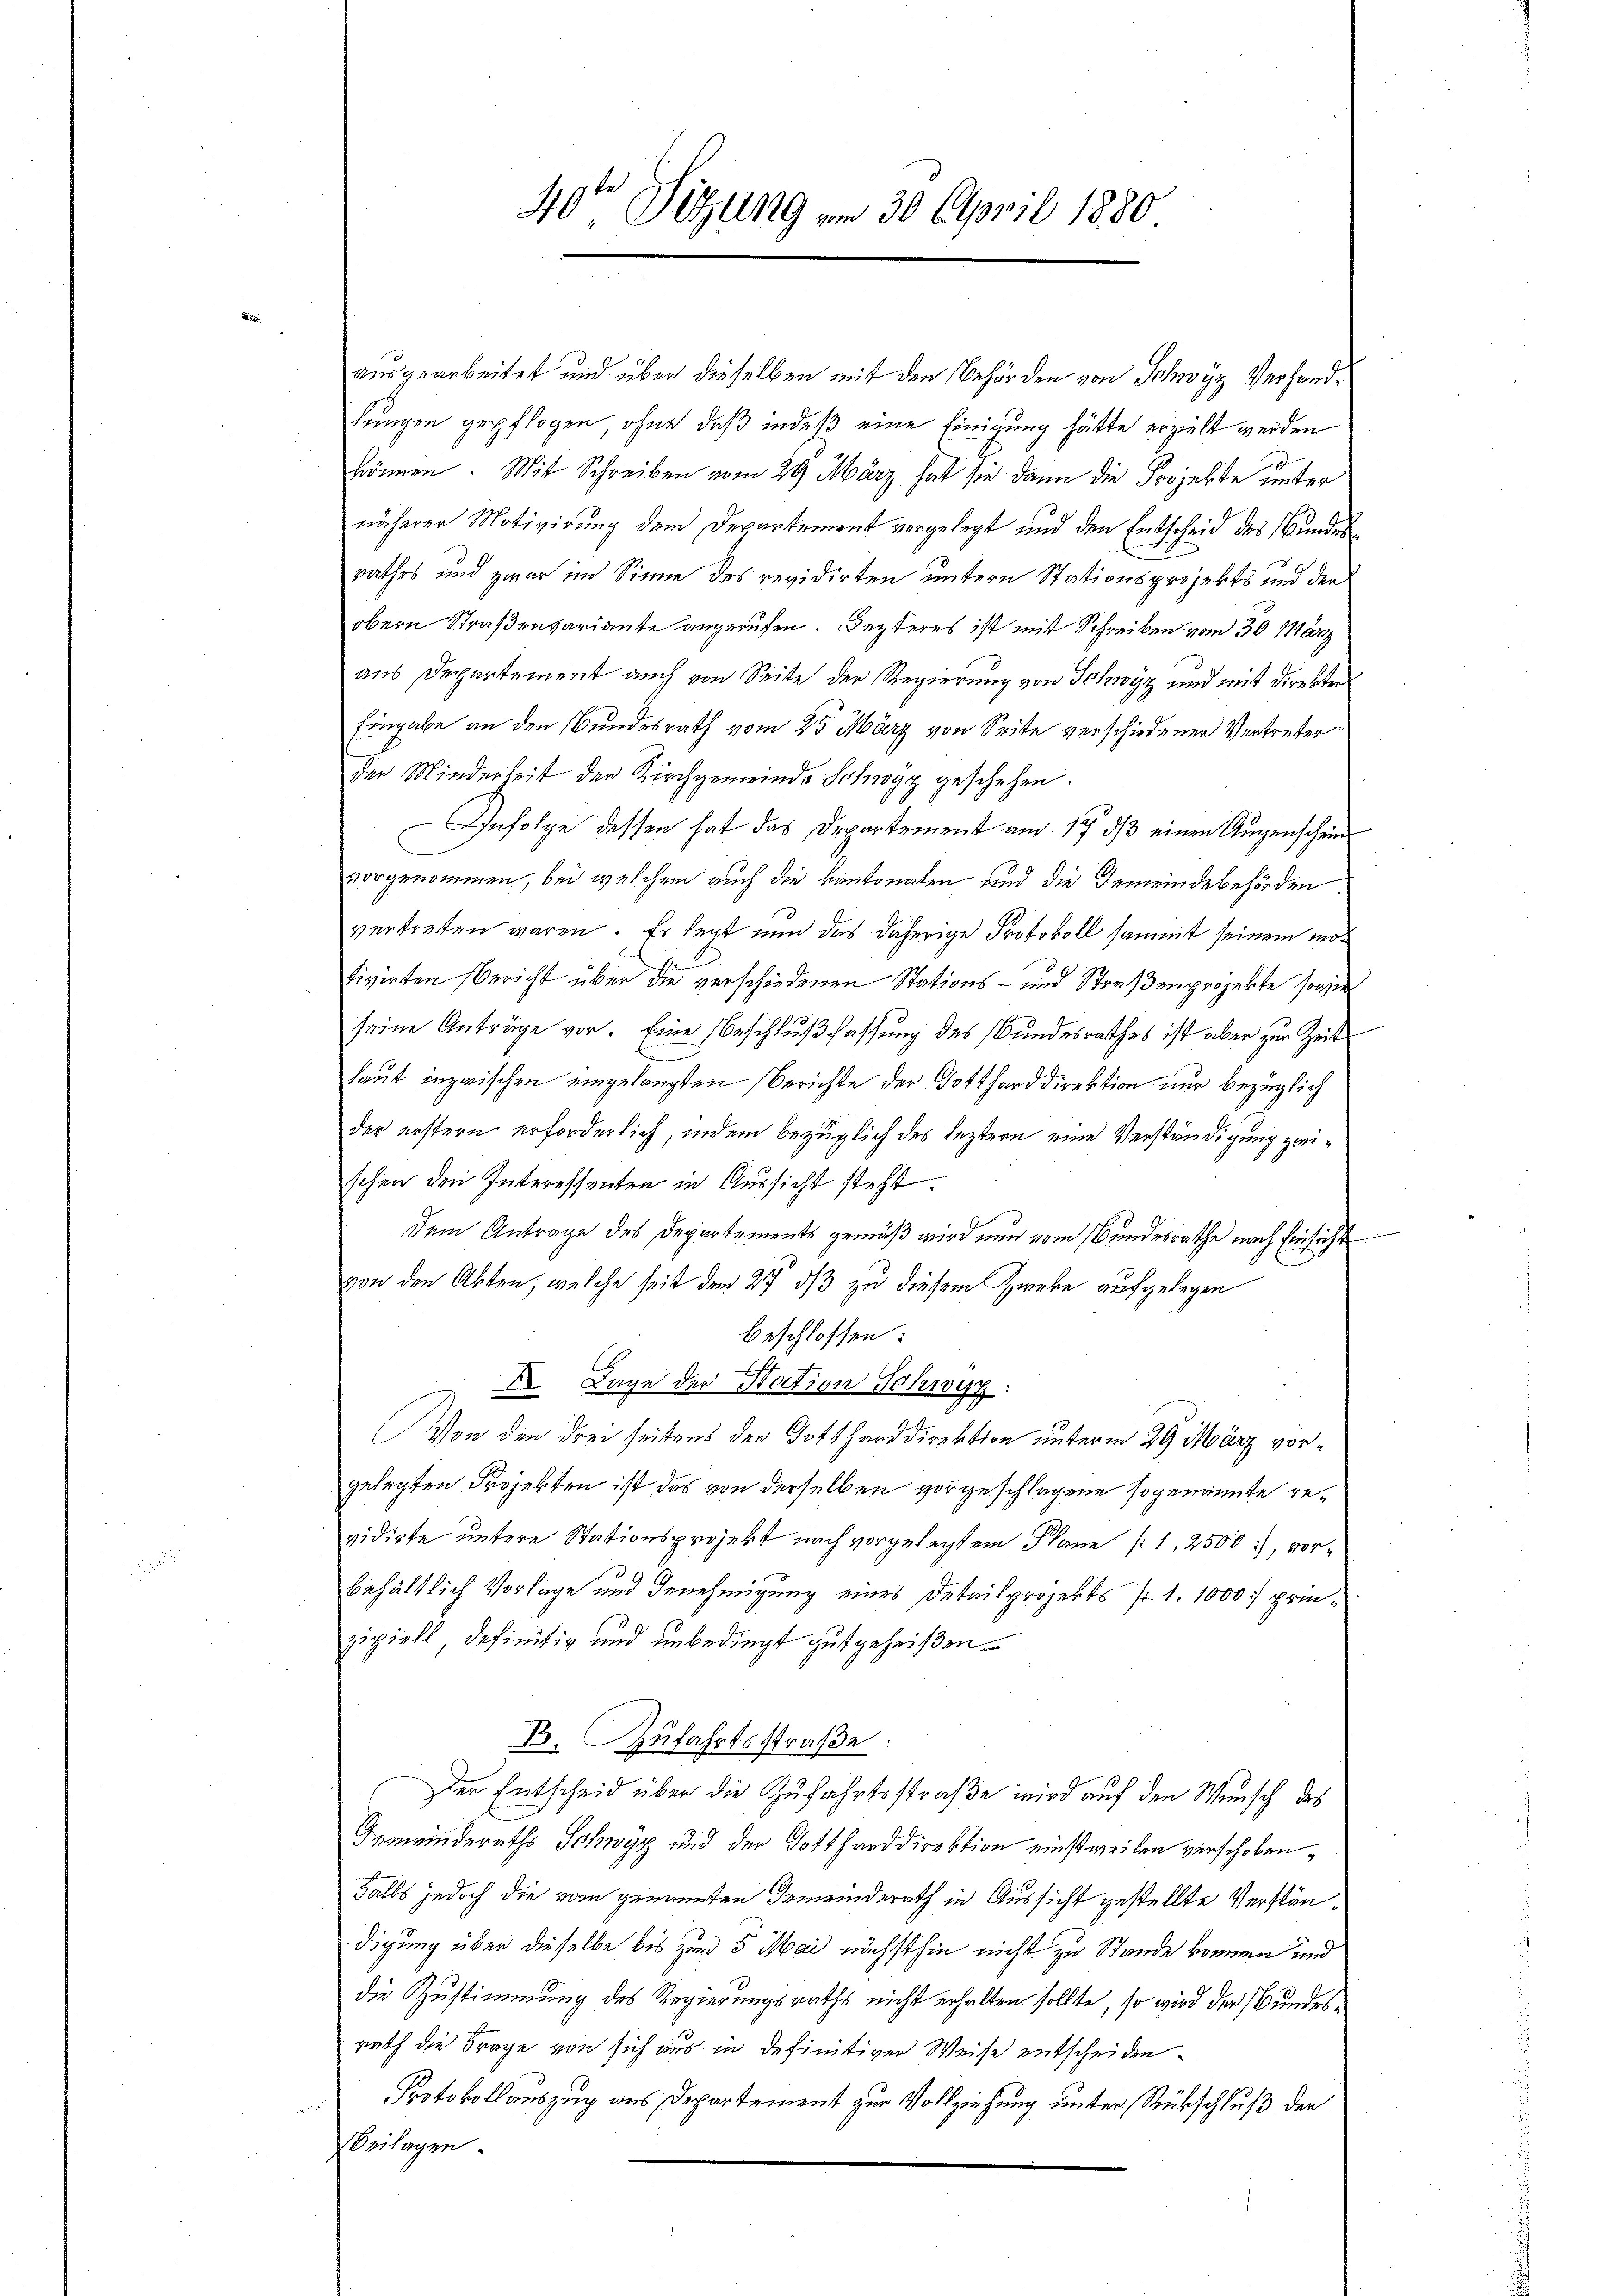
40te Sitzung am 30. April 1880

ausgearbeitet und über dieselben mit den Behörden von Schwyz Verhandlungen gepflogen, ohne daß indeß eine Einigung hätte erzielt werden
können. Mit Schreiben vom 29. März hat sie dann die Projekte unter
näherer Motivirung dem Departement vorgelegt und den Entscheid des Bundesrathes und zwar im Sinne des revidirten untern Stationsprojekts und der
obern Straßenpariante angerufen. Jezteres ist mit Schreiben vom 30. März
aus Departement auch von Seite der Regierung von Schwyz und mit direkter
Eingabe an den Bundesrath vom 25 März von Seite verschiedener Vertreter
der Minderheit der Kirchgemeinde Schwyz geschehen.
Infolge dessen hat das Departement am 17. ds einen Augenschein
vorgenommen, bei welchem auch die kantonalen und die Gemeindebehörden.
vertreten waren. Es legt nun das daherige Protokoll sammt seinem mötivirten Bericht über die verschiedenen Stations- und Straßenprojekte sowie
seine Anträge vor. Eine Beschlußfassung des Bundesrathes ist aber zur Zeit
Laut inzwischen eingelangten Berichte der Gotthard direktion nur bezüglich
der erstern erforderlich, indem bezüglich des leztern eine Verständigung zwischen den Interessenten in Aussicht steht.
dem Antrage des Departements gemäß wird nun vom Bundesrathe nach Einsicht
von den Akten, welche seit dem 27 d/3 zu diesem Zweke aufgelegen
beschlossen:
 Lage der Station Schwyz
Von den drei seitens der Gottharddirektion unterm 29 März vorgelegten Projekten ist das von derselben vorgeschlagene sogenannte revidirte untere Stationsprojekt nach vorgelegtem Plane (1, 2500), vorbehältlich Vorlage und Genehmigung eines Detailprojekts fr. 1. 1000. prinzipiell definitiv und unbedingt gutgeheißen.
B. Zufahrtsstraße:
Der Entscheid über die Zufahrtsstraße wird auf den Wunsch des
Gemeinderaths- Schwyz und der Gottharddirektion einstweilen verschoben,
Falls jedoch die vom geigenten Gemeinderath in Aussicht gestellte Verständigung über dieselbe bis zum 5 Mai nächsthin nicht zu Stande kommen und
die Zustimmung des Regierungsraths nicht erhalten sollte, so wird der Bundesrath die Frage von sich aus in definitiver Weise entscheiden
Protokollauszug aus Departement zur Vollziehung unter Rückschluß der
2
Beilagen.